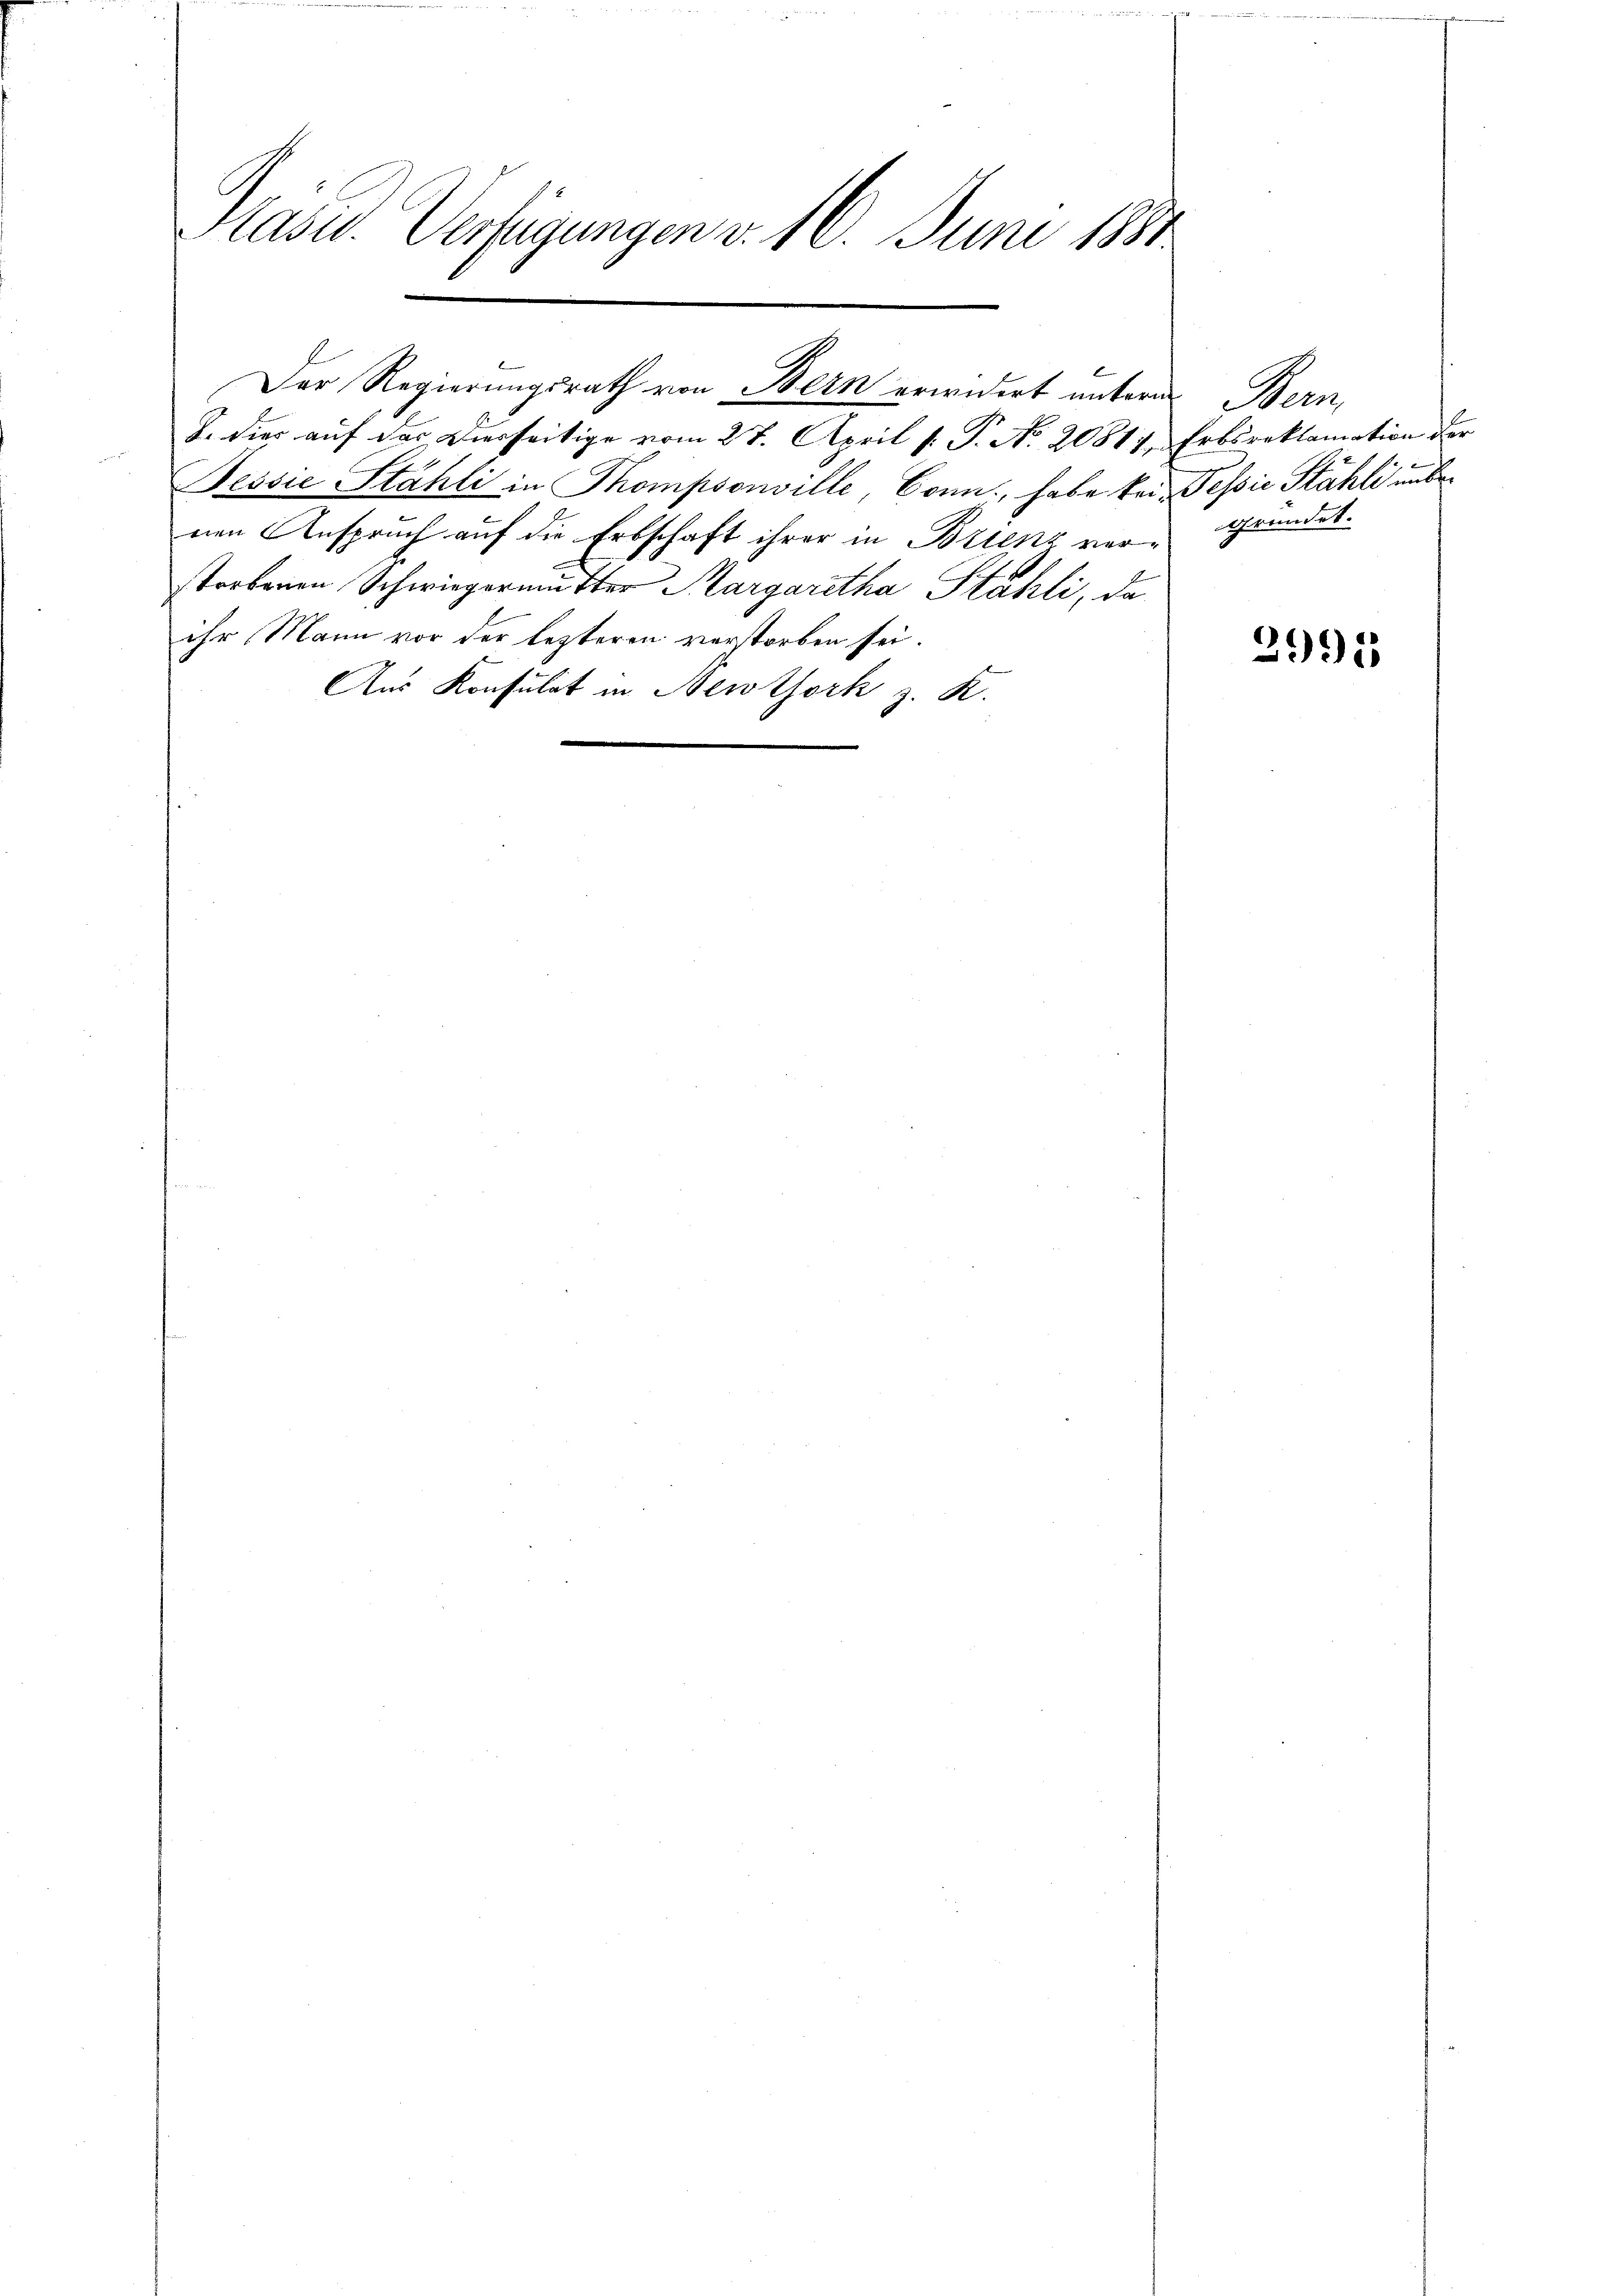
Präse. Verfügungen v. 16. Juni 1890

Der Regierungsrath von Bern erwidert untern

J. hier auf das Vierseitige vom 27. April v. P. No. 20811.
Tessie Stähli in Thompsonville Conn, habe keinen Anspruch auf die Erbschaft ihrer in Brienz verstorbenen Schwiegermutter Kargaretha Stähli, da
ihr Mann vor der lezteren verstorben sei.
Aus Konsulat in Newtork z. K.

Bern,
Erbsreklamation der
Tessin Stähli und
gründet.

2995